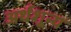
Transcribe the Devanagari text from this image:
अर्थशून्य